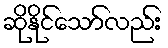
ဆိုနိုင်သော်လည်း